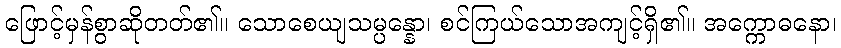
ဖြောင့်မှန်စွာဆိုတတ်၏။ သောစေယျသမ္ပန္နော၊ စင်ကြယ်သောအကျင့်ရှိ၏။ အက္ကောဓနော၊